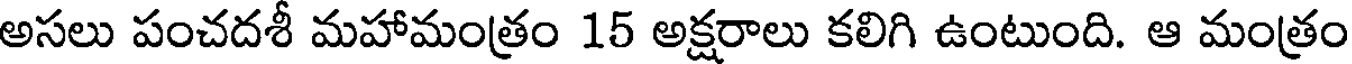
అసలు పంచదశీ మహామంత్రం 15 అక్షరాలు కలిగి ఉంటుంది. ఆ మంత్రం